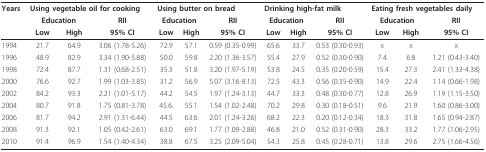
<table><thead><tr><td><b>Years</b></td><td colspan="3"><b>Using vegetable oil for cooking</b></td><td colspan="3"><b>Using butter on bread</b></td><td colspan="3"><b>Drinking high-fat milk</b></td><td colspan="3"><b>Eating fresh vegetables daily</b></td></tr><tr><td></td><td colspan="2"><b>Education</b></td><td><b>RII</b></td><td colspan="2"><b>Education</b></td><td><b>RII</b></td><td colspan="2"><b>Education</b></td><td><b>RII</b></td><td colspan="2"><b>Education</b></td><td><b>RII</b></td></tr><tr><td></td><td><b>Low</b></td><td><b>High</b></td><td><b>95% CI</b></td><td><b>Low</b></td><td><b>High</b></td><td><b>95% CI</b></td><td><b>Low</b></td><td><b>High</b></td><td><b>95% CI</b></td><td><b>Low</b></td><td><b>High</b></td><td><b>95% CI</b></td></tr></thead><tbody><tr><td>1994</td><td>21.7</td><td>64.9</td><td>3.06 (1.78-5.26)</td><td>72.9</td><td>57.1</td><td>0.59 (0.35-0.99)</td><td>65.6</td><td>33.7</td><td>0.53 (0.30-0.93)</td><td>x</td><td>x</td><td>x</td></tr><tr><td>1996</td><td>48.9</td><td>82.9</td><td>3.34 (1.90-5.88)</td><td>50.0</td><td>59.8</td><td>2.20 (1.36-3.57)</td><td>55.4</td><td>27.9</td><td>0.52 (0.30-0.90)</td><td>7.4</td><td>6.8</td><td>1.21 (0.43-3.40)</td></tr><tr><td>1998</td><td>72.4</td><td>87.7</td><td>1.31 (0.68-2.51)</td><td>35.3</td><td>51.8</td><td>3.20 (1.97-5.19)</td><td>53.8</td><td>24.5</td><td>0.35 (0.20-0.59)</td><td>15.4</td><td>27.3</td><td>2.41 (1.33-4.38)</td></tr><tr><td>2000</td><td>76.6</td><td>92.7</td><td>1.99 (1.03-3.85)</td><td>31.2</td><td>56.9</td><td>5.07 (3.16-8.13)</td><td>72.5</td><td>43.3</td><td>0.56 (0.35-0.90)</td><td>14.9</td><td>22.4</td><td>1.14 (0.66-1.98)</td></tr><tr><td>2002</td><td>84.2</td><td>93.3</td><td>2.21 (1.01-5.17)</td><td>44.2</td><td>54.5</td><td>1.97 (1.24-3.13)</td><td>44.7</td><td>33.3</td><td>0.48 (0.30-0.77)</td><td>12.8</td><td>26.9</td><td>1.19 (1.15-3.50)</td></tr><tr><td>2004</td><td>80.7</td><td>91.8</td><td>1.75 (0.81-3.78)</td><td>45.6.</td><td>55.1</td><td>1.54 (1.02-2.48)</td><td>70.2</td><td>29.8</td><td>0.30 (0.18-0.51)</td><td>9.6</td><td>21.9</td><td>1.60 (0.86-3.00)</td></tr><tr><td>2006</td><td>81.7</td><td>94.2</td><td>2.91 (1.31-6.44)</td><td>44.5</td><td>63.6</td><td>2.01 (1.24-3.26)</td><td>68.2</td><td>22.3</td><td>0.20 (0.12-0.34)</td><td>18.3</td><td>31.8</td><td>1.65 (0.94-2.87)</td></tr><tr><td>2008</td><td>91.3</td><td>92.1</td><td>1.05 (0.42-2.61)</td><td>63.0</td><td>69.1</td><td>1.77 (1.09-2.88)</td><td>46.8</td><td>21.0</td><td>0.52 (0.31-0.90)</td><td>28.3</td><td>33.2</td><td>1.77 (1.06-2.95)</td></tr><tr><td>2010</td><td>91.4</td><td>96.9</td><td>1.54 (1.40-4.34)</td><td>38.8</td><td>67.5</td><td>3.25 (2.09-5.04)</td><td>54.3</td><td>25.8</td><td>0.45 (0.28-0.71)</td><td>13.8</td><td>29.6</td><td>2.75 (1.66-4.56)</td></tr></tbody></table>